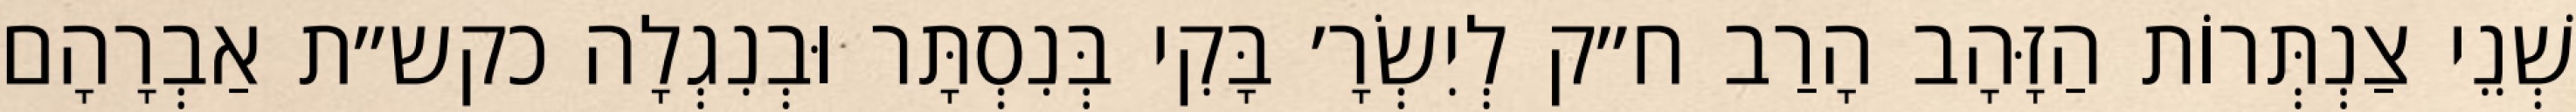
שְׁנֵי צַנְתְּרוֹת הַזָּהָב הָרַב ח״ק לְיִשְׂרָ׳ בָּקִי בְּנִסְתָּר וּבְנִגְלָה כקש״ת אַבְרָהָם